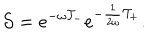
{ \cal S } = e ^ { - \omega { \cal T } _ { - } } e ^ { - \frac { 1 } { 2 \omega } { \cal T } _ { + } } .